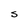
Character: s